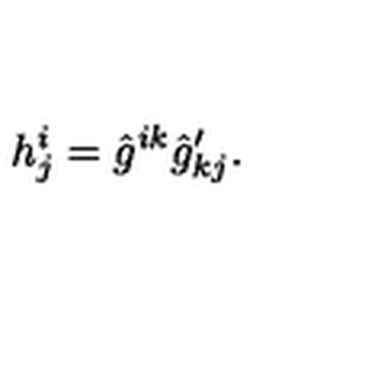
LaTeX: h _ { j } ^ { i } = \hat { g } ^ { i k } \hat { g } _ { k j } ^ { \prime } .